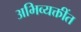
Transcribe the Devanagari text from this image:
अभिव्यक्तींत